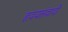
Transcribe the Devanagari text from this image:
हृदयसंवादी